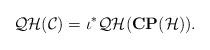
LaTeX: \begin{align*}{\cal QH}({\cal C}) = \iota^* {\cal QH}({\bf CP}({\cal H})).\end{align*}